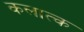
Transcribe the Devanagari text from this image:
कलात्क